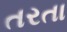
તરતા